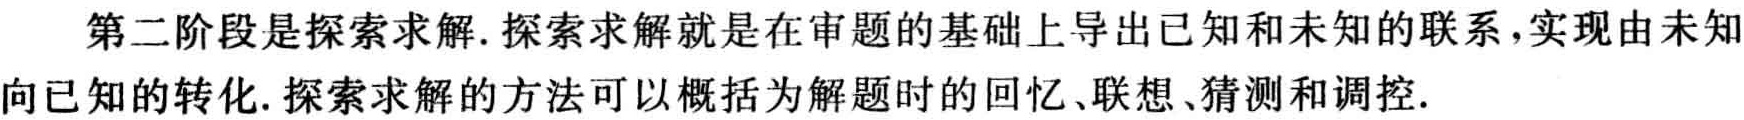
第二阶段是探索求解.探索求解就是在审题的基础上导出已知和未知的联系,实现由未知向已知的转化.探索求解的方法可以概括为解题时的回忆、联想、猜测和调控.